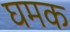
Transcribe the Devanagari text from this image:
घमक